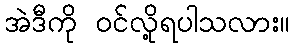
အဲဒီကို ဝင်လို့ရပါသလား။